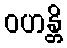
ဝဟန္တိ